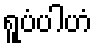
ရူပံပါဟံ